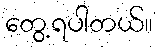
တွေ့ရပါတယ်။